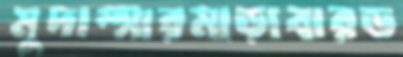
মুদাস্সারমাড়াবারড